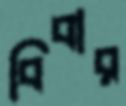
বিবার